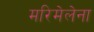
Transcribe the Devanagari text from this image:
मरिमेलेना